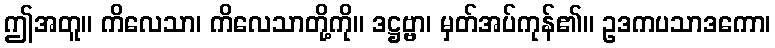
ဤအတူ။ ကိလေသာ၊ ကိလေသာတို့ကို။ ဒဋ္ဌဗ္ဗာ၊ မှတ်အပ်ကုန်၏။ ဥဒကပသာဒကော၊